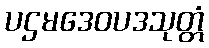
ပဌမဒေဝပဒသုတ္တံ